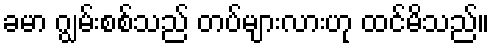
ခမာ ဂျွမ်းစစ်သည် တပ်များလားဟု ထင်မိသည်။